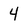
Character: 4